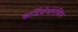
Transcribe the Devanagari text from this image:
कार्डियोथोरेसिस